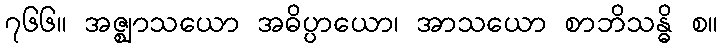
၇၆၆။ အဇ္ဈာသယော အဓိပ္ပာယော၊ အာသယော စာဘိသန္ဓိ စ။